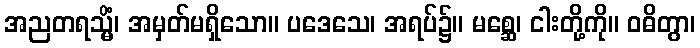
အညတရသ္မိံ၊ အမှတ်မရှိသော။ ပဒေသေ၊ အရပ်၌။ မစ္ဆေ၊ ငါးတို့ကို။ ဝဓိတွာ၊